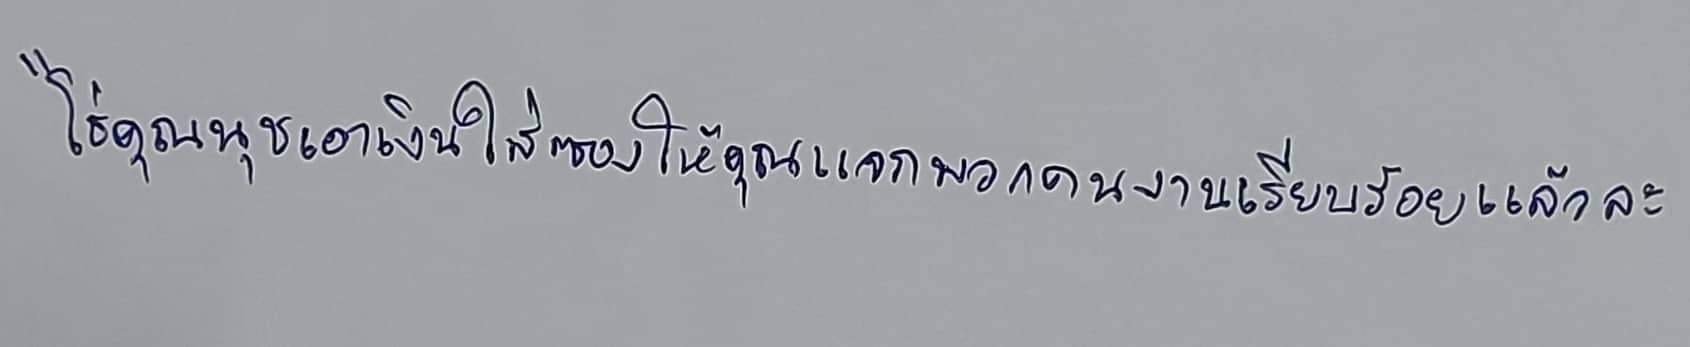
"โธ่คุณนุชเอาเงินใส่ซองให้คุณแจกพวกคนงานเรียบร้อยแล้วละ